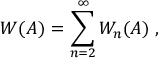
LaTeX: W ( A ) = \sum _ { n = 2 } ^ { \infty } W _ { n } ( A ) \; ,